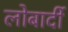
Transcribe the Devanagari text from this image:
लोबार्दी